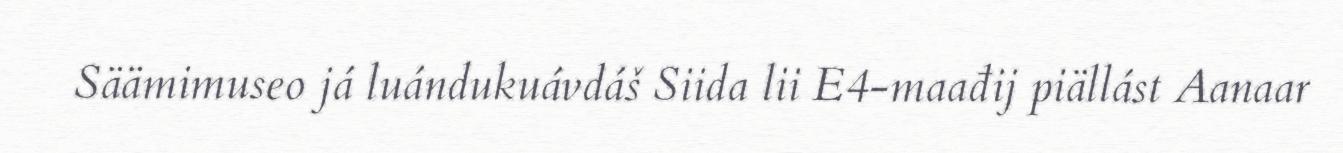
Säämimuseo já luándukuávdáš Siida lii E4-maađij piällást Aanaar